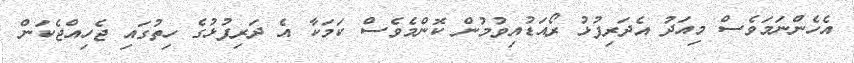
އެހެންނަމަވެސް މިއަދު އެދަރިފުޅު ރޯއަޑުއިވުމުން ކޮންމެވެސް ކަމަކާ އެ ދަރިފުޅުގެ ހިތުގައި ޖެހިއްޖެކަން